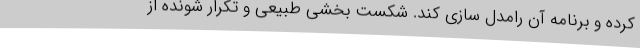
کرده و برنامه آن رامدل سازی کند. شکست بخشی طبیعی و تکرار شونده از